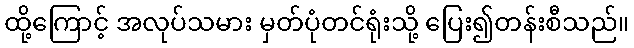
ထို့ကြောင့် အလုပ်သမား မှတ်ပုံတင်ရုံးသို့ ပြေး၍တန်းစီသည်။